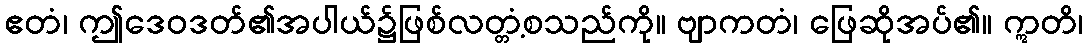
ဧတံ၊ ဤဒေဝဒတ်၏အပါယ်၌ဖြစ်လတ္တံ့စသည်ကို။ ဗျာကတံ၊ ဖြေဆိုအပ်၏။ ဣတိ၊